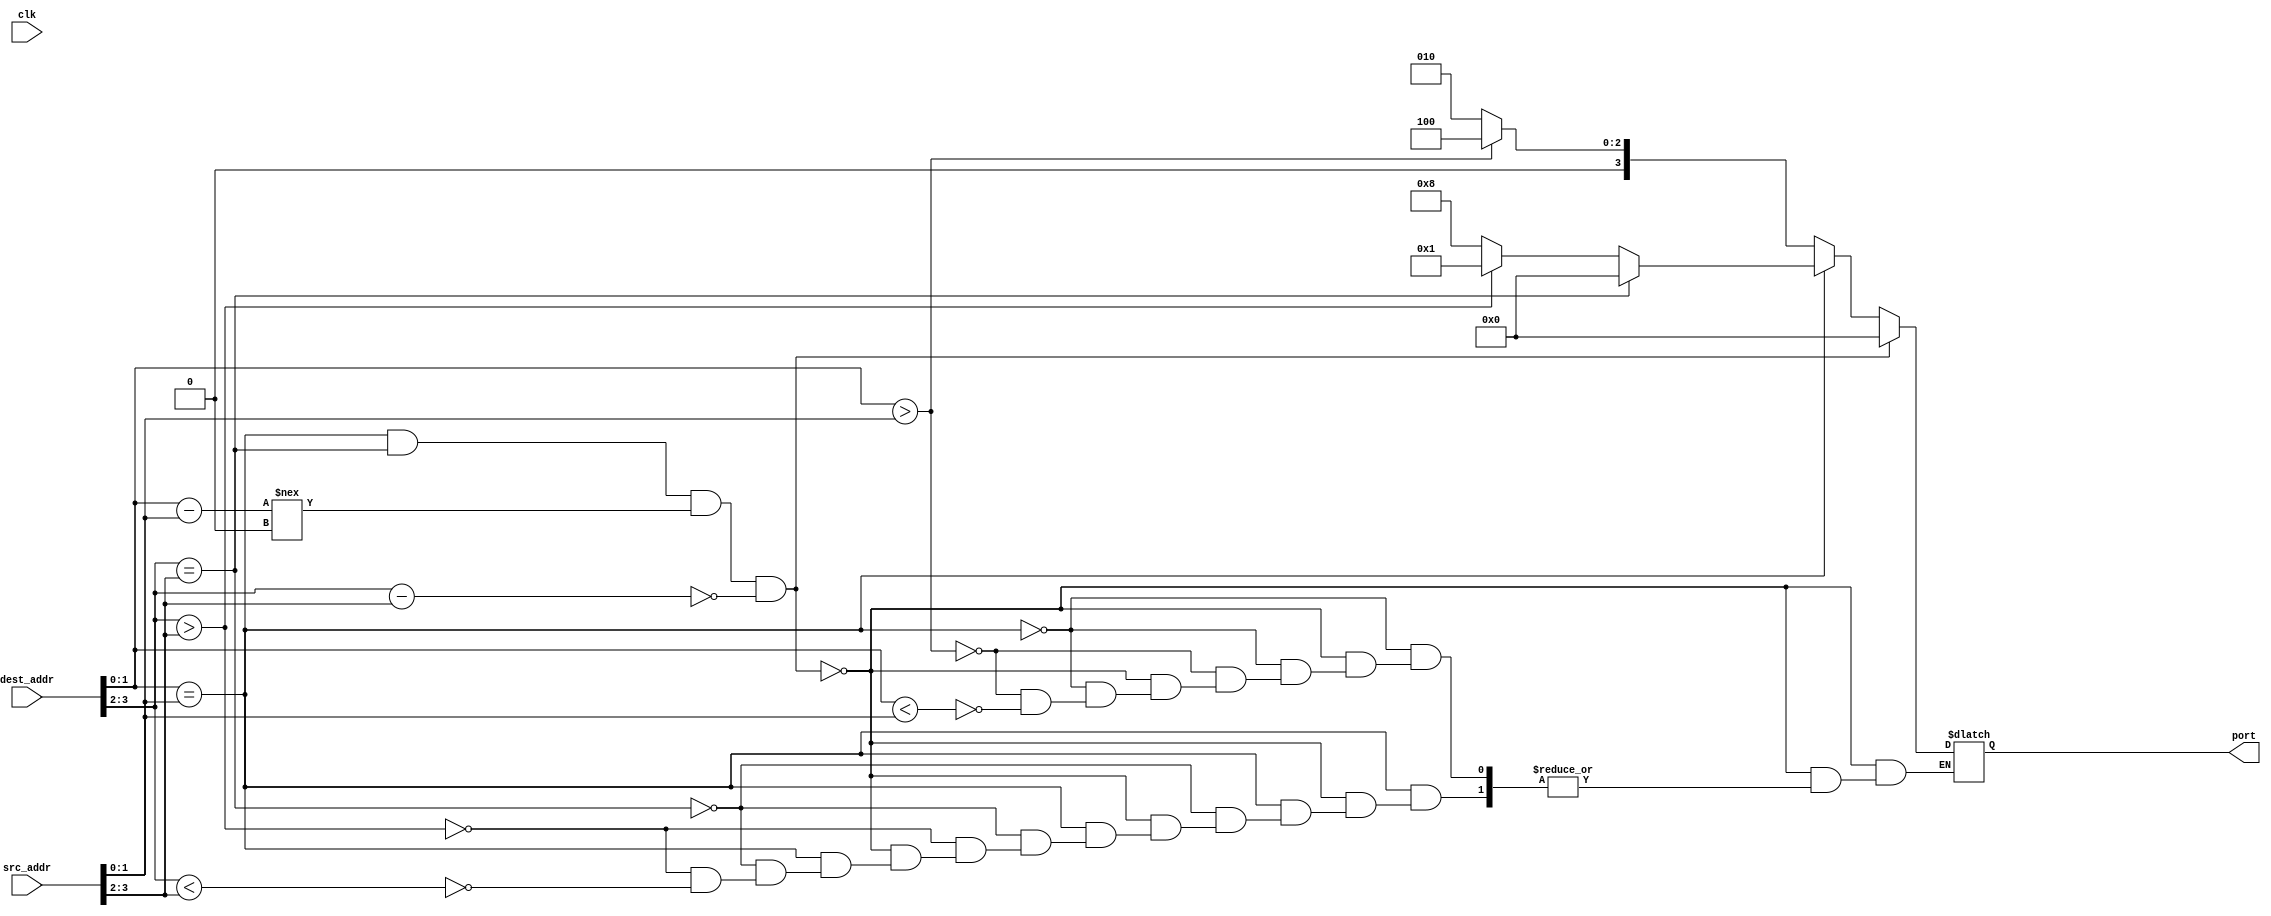
module route(
	clk,
	src_addr,
	dest_addr,
	port);
//	xd,
//	yd,
//	xo_src,
//	yo_src,
//	xn_src,
//	yn_src,
//	port
//	);


input wire clk;
input wire [3:0] src_addr;
input wire [3:0] dest_addr;
output reg [3:0] port;

reg [1:0] xd;
reg [1:0] yd;
reg [1:0] xo_src;
reg [1:0] yo_src;

reg [1:0] xn_dest;
reg [1:0] yn_dest;

reg [1:0] xdiff;
reg [1:0] ydiff;

initial begin 
	xn_dest = 2'b00;
	yn_dest = 2'b00;
	xdiff = 2'b00;
	ydiff = 2'b00;
end

always @(dest_addr) begin
    $display("Entered the xy routing procedure at time %g with dest: %b and src: %b",$time,dest_addr,src_addr);
	xd=dest_addr[1:0];
	yd=dest_addr[3:2];
	xo_src=src_addr[1:0];
	yo_src=src_addr[3:2];
	xdiff = xd - xo_src; 
	ydiff = yd - yo_src; 

	$display( "xdiff %d and ydiff %d\n",xdiff,ydiff);
	//$display("time  clk  xdiff  ydiff");
	//$monitor ("%g\t %b      %b     %b", $time, clk, xdiff, ydiff);
	if((xd==xo_src) && (yd==yo_src) && (xdiff!==0) && (ydiff==0)) begin
	$display("Routing Done!\n"); 
	port = 4'b0;
	end
	else if (xd==xo_src) begin
		//$display("Hello");
		if (yd == yo_src) begin
			//LOCAL PORT 0000
			yn_dest = yo_src;
			port = 4'b0000;
		end
		else if (yd > yo_src) begin
			// SOUTH PORT 0001
			$display("s");
			yn_dest = yo_src + 2'b01;
			port = 4'b0001;
		end
		else if (yd < yo_src) begin
			// NORTH PORT 1000
			$display("n");
			yn_dest = yo_src - 2'b01;
			port = 4'b1000;
		end
	end
	else if (xd > xo_src) begin
		// EAST PORT 0100 
		$display("e");
		xn_dest = xo_src + 2'b01;
		port = 4'b0100;
	end
	else if (xd < xo_src) begin
		// WEST PORT 0010
		$display("w");
		xn_dest = xo_src - 2'b01;
		port = 4'b0010;
	end 
end

endmodule